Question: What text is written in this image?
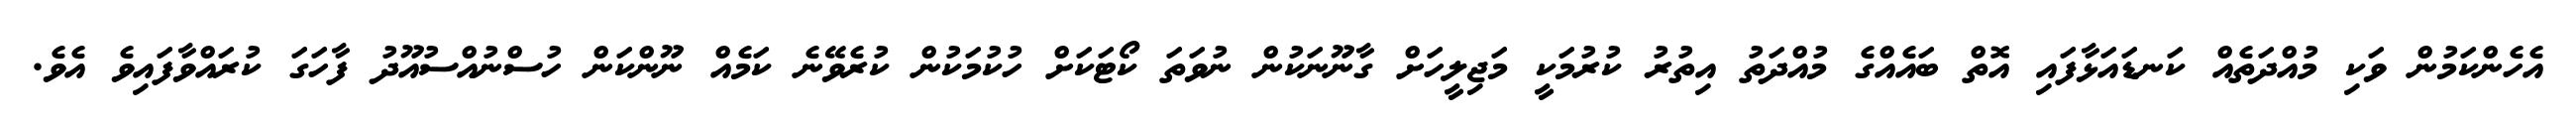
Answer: އެހެންކަމުން ވަކި މުއްދަތެއް ކަނޑައަޅާފައި އޮތް ބައެއްގެ މުއްދަތު އިތުރު ކުރުމަކީ މަޖިލީހަށް ގާނޫނަކުން ނުވަތަ ކޯޓަކަށް ހުކުމަކުން ކުރެވޭނެ ކަމެއް ނޫންކަން ހުސްނުއްސުއޫދު ފާހަގަ ކުރައްވާފައިވެ އެވެ.